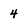
Character: 4